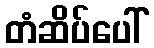
တံဆိပ်ပေါ်